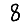
Digit: 8